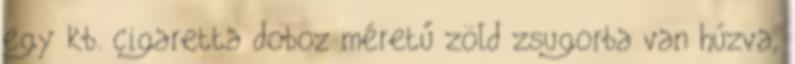
egy kb. cigaretta doboz méretű zöld zsugorba van húzva,